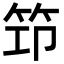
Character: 笻